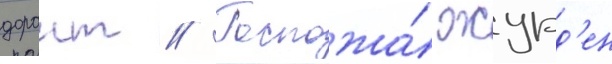
дорант // Госпожа́ журд'ен